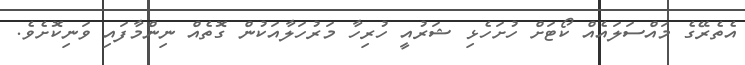
އެތެރޭގެ މައްސަލައެއް ކޯޓަށް ހުށަހެޅި ޝަރުއީ ހުރިހާ މަރުހަލާއަކުން ގޮތެއް ނިންމާފައި ވަނިކޮށެވެ.